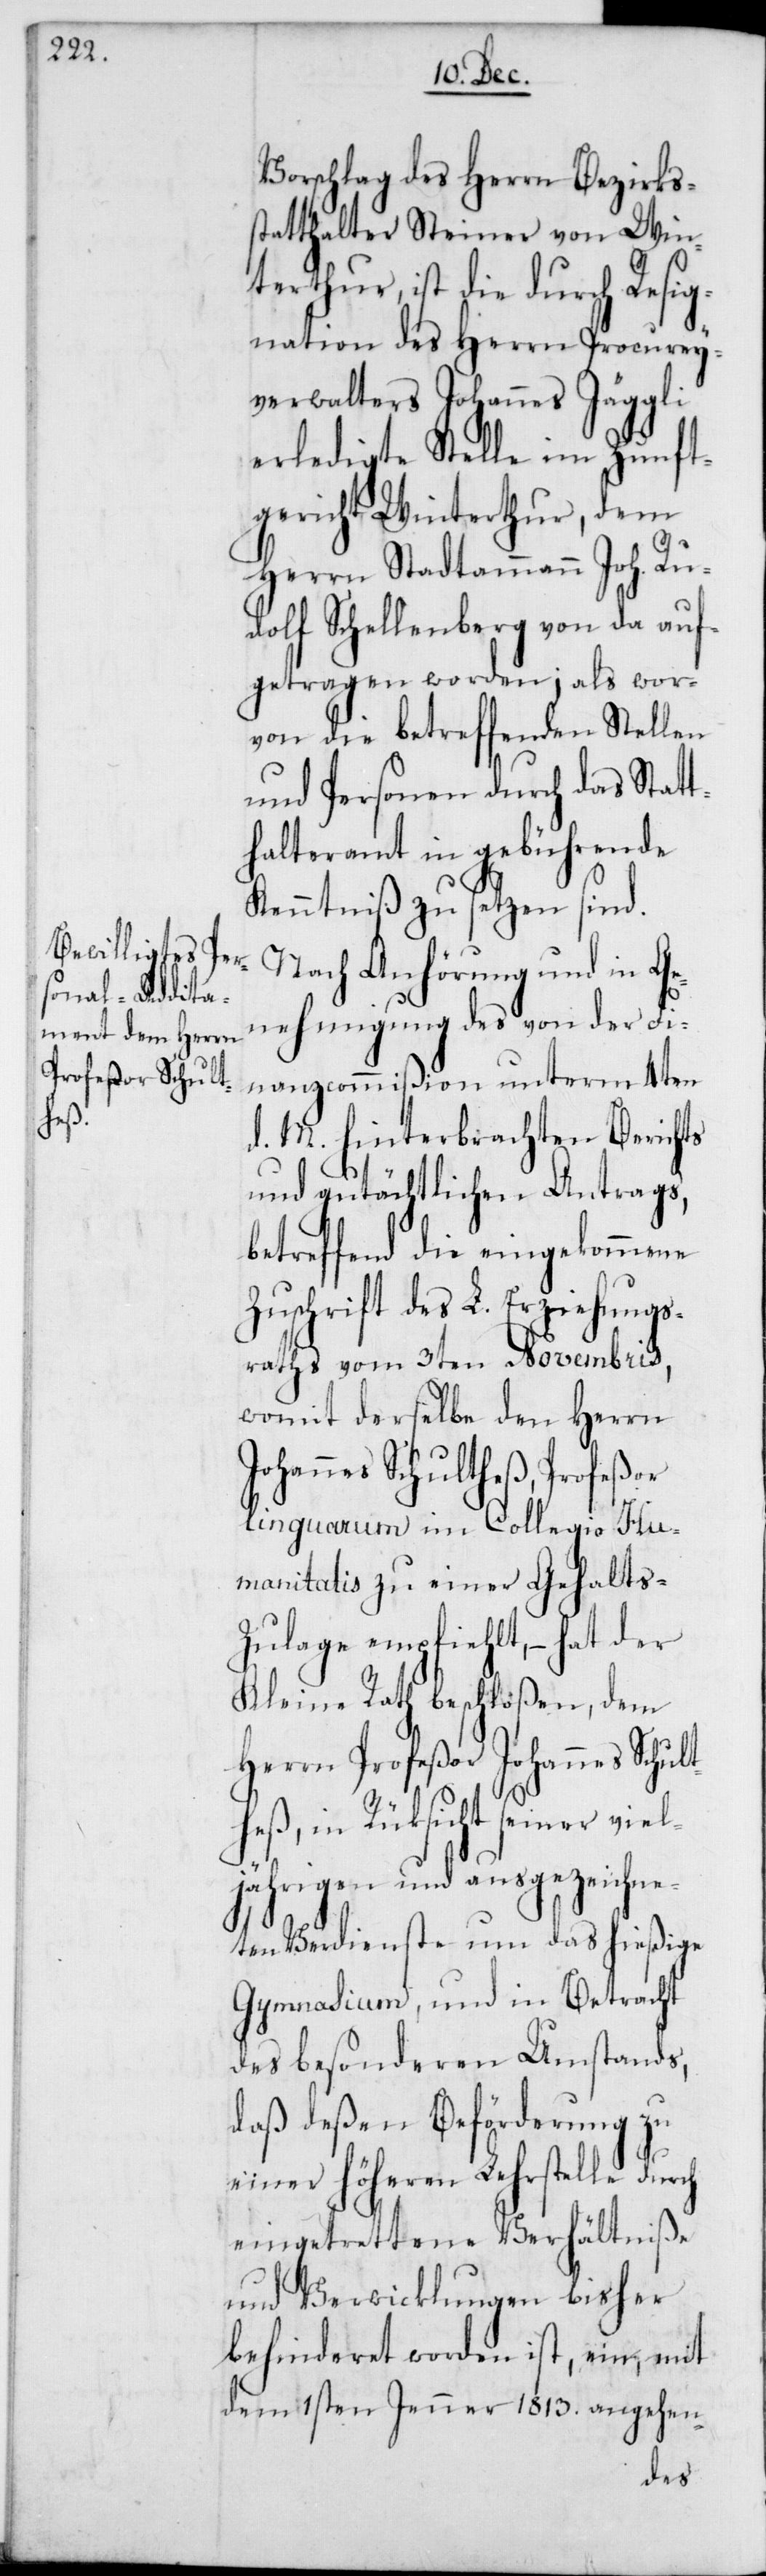
Vorschlag des Herrn Bezirks¬
statthalter Steiner von Win¬
terthur, ist die durch Resig¬
nation des Herrn Procurey¬
verwalters Johannes Jäggli
erledigte Stelle im Zunft¬
gericht Winterthur, dem
Herrn Stadtammann Joh. Ru¬
dolf Schellenberg von da auf¬
getragen worden; als wor¬
von die betreffenden Stellen
und Personen durch das Statt¬
halteramt in gebührende
Kenntniß zu setzen sind.
Nach Anhörung und in Ge¬
nehmigung des von der Fi¬
nanzcommißion unterm 4ten
d. M. hinterbrachten Berichts
und gutächtlichen Antrags,
betreffend die eingekommene
Zuschrift des L. Erziehung¬
sraths vom 3ten Novembris,
womit derselbe den Herrn
Johannes Schultheß, Profeßor
linguarum im Collegio Hu¬
manitatis zu einer Gehalts-Z¬
ulage empfiehlt, – hat der
Kleine Rath beschloßen, dem
Herrn Profeßor Johannes Schult¬
heß, in Rücksicht seiner viel¬
jährigen und ausgezeichne¬
ten Verdienste um das hießige
Gymnasium, und in Betracht
des besonderen Umstands,
daß deßen Beförderung zu
einer höheren Lehrstelle durch
eingetrettene Verhältniße
und Verwicklungen bisher
behinderet worden ist, ein, mit
dem 1sten Jenner 1813. angehen-